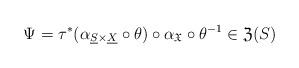
LaTeX: \begin{align*}\Psi=\tau^{*}(\alpha_{\underline{S}\times\underline{X}}\circ\theta)\circ\alpha_{\mathfrak{X}}\circ\theta^{-1}\in\mathfrak{Z}(S)\end{align*}